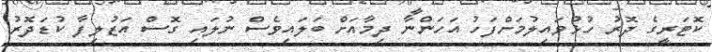
ކޮޓަރީގެ ދޮރު ހުޅުވައިލުމަށްފަހު އަހަންނާ ދިމާއަށް ބަލައިވެސް ނުލައި ގޮސް އަޒުލިފާ ކުޑަދޮރު